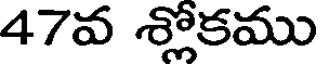
47వ శ్లోకము